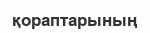
қораптарының